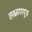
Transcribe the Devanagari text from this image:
लक्ष्मणपुत्र